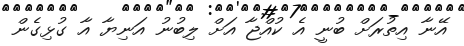
އޭނާ އިތުރަށް ބުނީ އެ ކުއްޖާ އަށް ލިބުނު އަނިޔާ އާ ގުޅިގެން